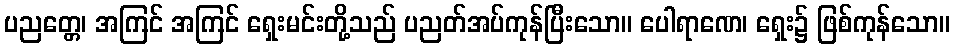
ပညတ္တေ၊ အကြင် အကြင် ရှေးမင်းတို့သည် ပညတ်အပ်ကုန်ပြီးသော။ ပေါရာဏေ၊ ရှေး၌ ဖြစ်ကုန်သော။